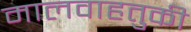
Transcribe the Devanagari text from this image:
मालवाहतुकी